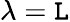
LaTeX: \lambda=\mathtt{L}